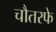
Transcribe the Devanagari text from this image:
चौतरफे